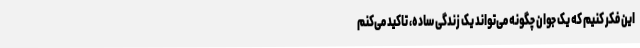
این فکر کنیم که یک جوان چگونه می‌تواند یک زندگی ساده، تاکید می‌کنم